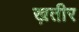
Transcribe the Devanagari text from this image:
ख़तीर